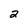
Character: 2